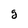
Character: g